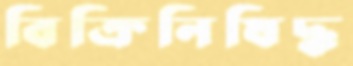
বিক্রিনিষিদ্ধ